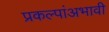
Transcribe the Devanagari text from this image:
प्रकल्पांअभावी